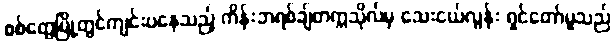
စစ်တွေမြို့တွင်ကျင်းပနေသည့် ကိန်းဘရစ်ချ်တက္ကသိုလ်မှ သေးငယ်လွန်း ရှင်တော်မူသည်